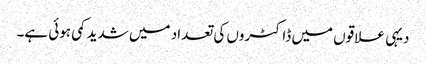
دیہی علاقوں میں ڈاکٹروں کی تعداد میں شدید کمی ہوئی ہے۔